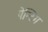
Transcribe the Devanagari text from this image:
पेन्टिग